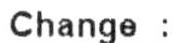
CHANGE :